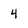
Character: 4